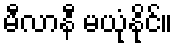
မီလာနီ မယုံနိုင်။